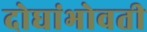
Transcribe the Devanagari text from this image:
दोघांभोवती